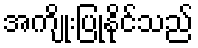
အကျိုးပြုနိုင်သည်